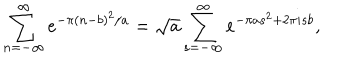
LaTeX: \sum _ { n = - \infty } ^ { \infty } e ^ { - \pi ( n - b ) ^ { 2 } / a } = \sqrt { a } \sum _ { s = - \infty } ^ { \infty } e ^ { - \pi a s ^ { 2 } + 2 \pi i s b } ,